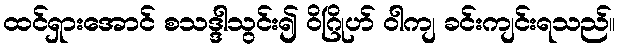
ထင်ရှားအောင် စသဒ္ဒါသွင်း၍ ဝိဂြိုဟ် ဝါကျ ခင်းကျင်းရသည်။